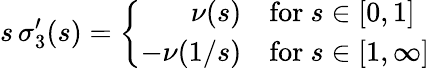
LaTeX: s\, \sigma_{3}^{\prime}(s)=\left\{ \begin{array}{rl}{{\nu(s)}}&{{\mathrm{for~}s\in[0,1]}}\\ {{-\nu(1/s)}}&{{\mathrm{for~}s\in[1,\infty]}}\end{array}\right.